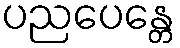
ပညပေန္တေ